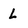
Character: L